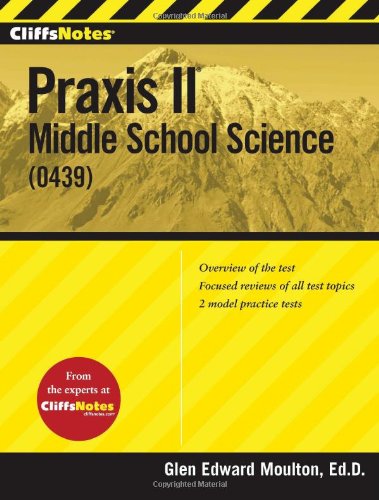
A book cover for CliffsNotes Praxis II: Middle School Science (0439); Glen Moulton; Test Preparation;